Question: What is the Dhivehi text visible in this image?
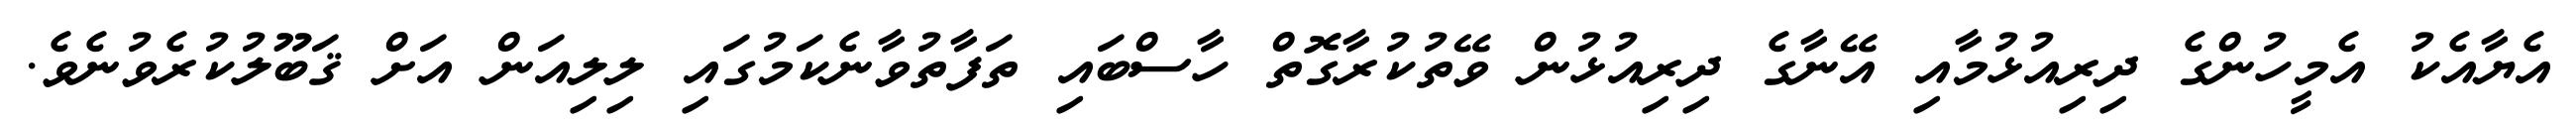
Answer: އެޔާއެކު އެމީހުންގެ ދިރިއުޅުމާއި އޭނާގެ ދިރިއުޅުން ވޭތުކުރާގޮތް ހާސްބައި ތަފާތުވާނެކަމުގައި ލިލިއަން އަށް ޤަބޫލުކުރެވުނެވެ.